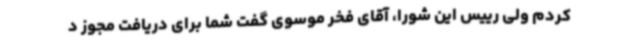
کردم ولی رییس این شورا، آقای فخر موسوی گفت شما برای دریافت مجوز د